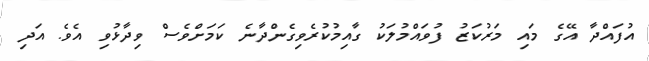
އުފައްދާ އޭގެ މައި މަރުކަޒު ފުވައްމުލަކު ގާއިމުކުރެވިގެންދާނެ ކަމަށްވެސް ވިދާޅުވި އެވެ. އަދި